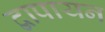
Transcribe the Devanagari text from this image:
द्वापायन